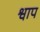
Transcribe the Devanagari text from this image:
श्वाप